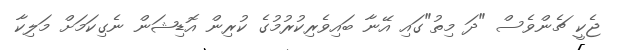
ޖެކީ ޗެންވެސް "ދަ މިތު"ގައި އޭނާ ބައިވެރިކުރުމުގެ ކުރިން އޮޑިޝަން ނެގިކަމަށް މަލިކާ